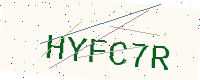
Text: HYFC7R